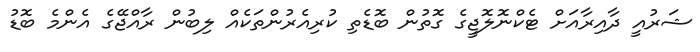
ޝަރުއީ ދާއިރާއަށް ޓެކްނޮލޮޖީގެ ގޮތުން ބޮޑެތި ކުރިއެރުންތަކެއް ލިބުން ރާއްޖޭގެ އެންމެ ބޮޑު